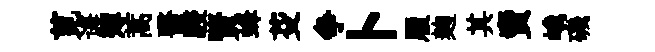
莧诲薄蒿醫駸賢蜂芟争卜履麹其𧶠峨磯